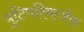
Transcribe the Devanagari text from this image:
त्रुटिपरिमार्जक